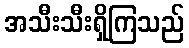
အသီးသီးရှိကြသည်